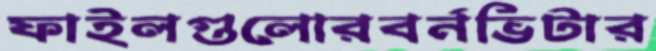
ফাইলগুলোরবর্নভিটার